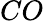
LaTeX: CO